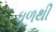
ધૂળથી